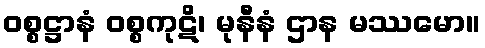
ဝစ္စဋ္ဌာနံ ဝစ္စကုဋိ၊ မုနီနံ ဌာန မဿမော။